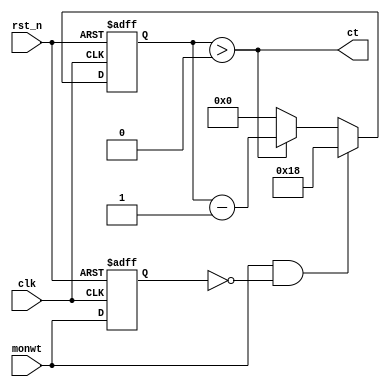
`timescale 1ns / 1ps
`default_nettype none

module clear_timer(
    input wire clk,
    input wire rst_n,
    input wire monwt,
    output wire ct
);

parameter CT_COUNT = 5'o30;

reg monwt_d;
reg [4:0] ct_count;

assign ct = (ct_count > 5'o0);

always @(posedge clk or negedge rst_n) begin
    if (~rst_n) begin
        monwt_d <= 1'b0;
        ct_count <= 5'o0;
    end else begin
        monwt_d <= monwt;
        if (monwt & ~monwt_d) begin
            ct_count <= CT_COUNT;
        end else begin
            if (ct_count > 5'o0) begin
                ct_count <= ct_count - 5'o1;
            end else begin
                ct_count <= 5'o0;
            end
        end
    end
end

endmodule
`default_nettype wire